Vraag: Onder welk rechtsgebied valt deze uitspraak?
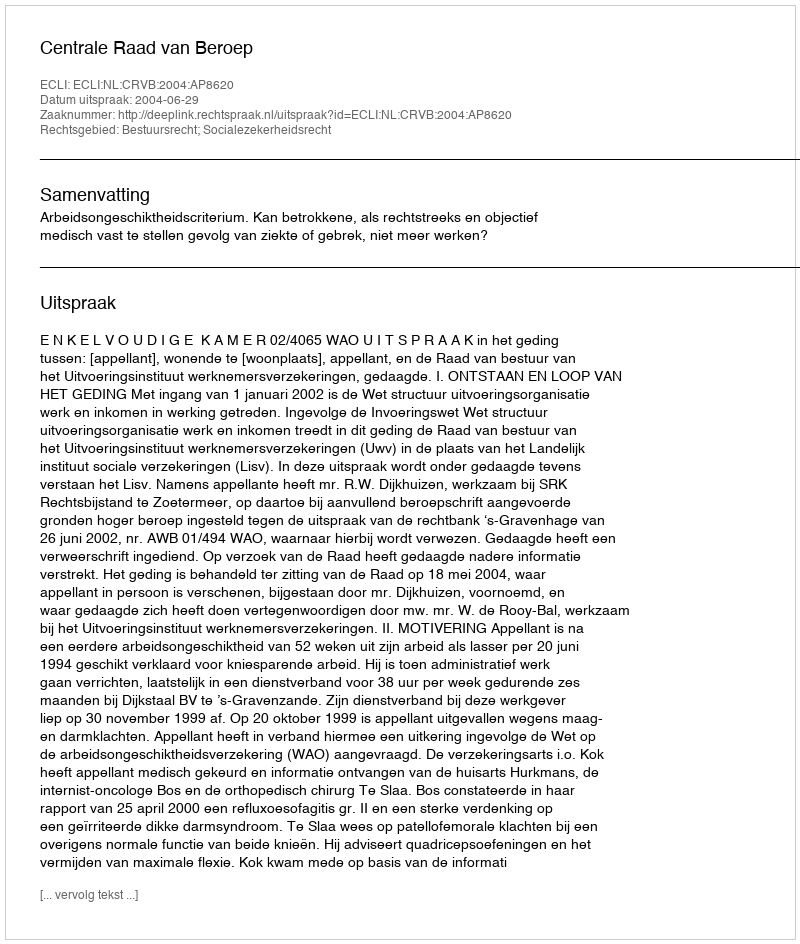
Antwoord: Bestuursrecht; Socialezekerheidsrecht